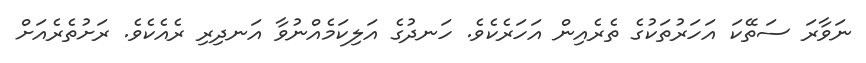
ނަވާރަ ސަތޭކަ އަހަރުތަކުގެ ތެރެއިން އަހަރެކެވެ. ހަނދުގެ އަލިކަމެއްނުވާ އަނދިރި ރެއެކެވެ. ރަށުތެރެއަށް